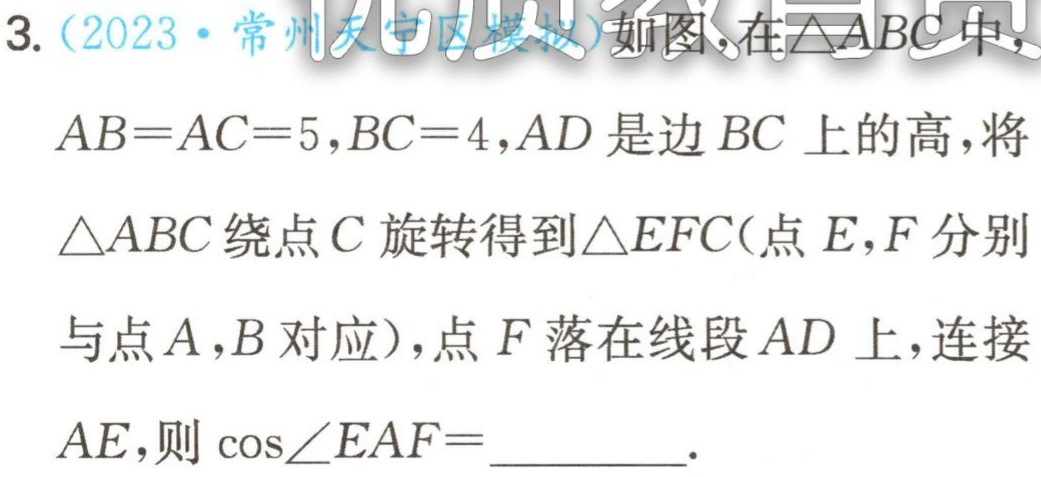
3.（2023·常州天宁区模拟）如图，在\(\triangle ABC\)中，

\(AB = AC = 5\)，\(BC = 4\)，\(AD\)是边\(BC\)上的高，将

\(\triangle ABC\)绕点\(C\)旋转得到\(\triangle EFC\)(点\(E\)，\(F\)分别

与点\(A\)，\(B\)对应)，点\(F\)落在线段\(AD\)上，连接

\(AE\)，则\(\cos\angle EAF =\)  .